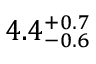
4 . 4 _ { - 0 . 6 } ^ { + 0 . 7 }